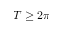
T \ge 2 \pi